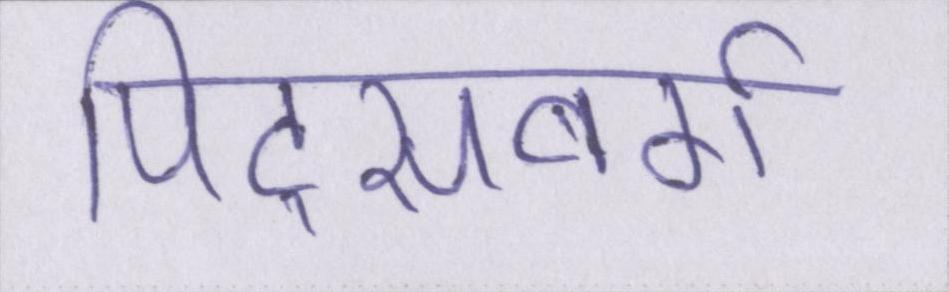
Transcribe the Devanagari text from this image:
पिट्सबर्ग